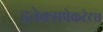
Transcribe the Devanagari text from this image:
इनेक्सपेकटेटस